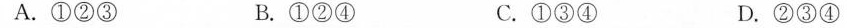
A.①②③ B.①②④ C.①③④ D.②③④